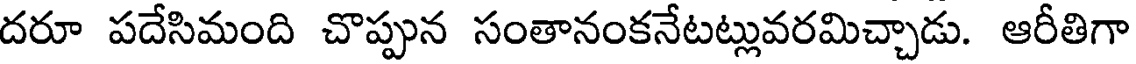
దరూ పదేసిమంది చొప్పున సంతానంకనేటట్లువరమిచ్చాడు. ఆరీతిగా